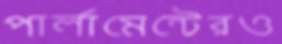
পার্লামেন্টেরও